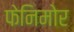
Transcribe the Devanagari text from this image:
फेनिमोर